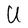
Character: U